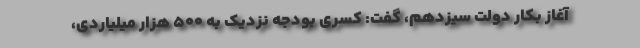
آغاز بکار دولت سیزدهم، گفت: کسری بودجه نزدیک به ۵۰۰ هزار میلیاردی،